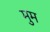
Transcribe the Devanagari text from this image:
मुम